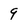
Character: 9